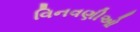
વિનવણીઓ